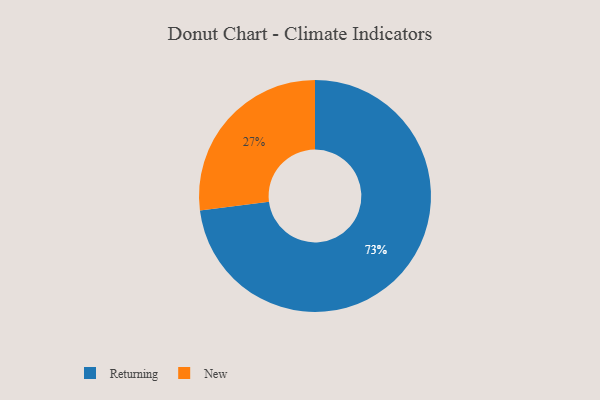
{"axis": {"x": "Category", "y": "Percentage"}, "legend": ["New", "Returning"], "data": [{"x": "New", "y": 27, "type": "New"}, {"x": "Returning", "y": 73, "type": "Returning"}]}